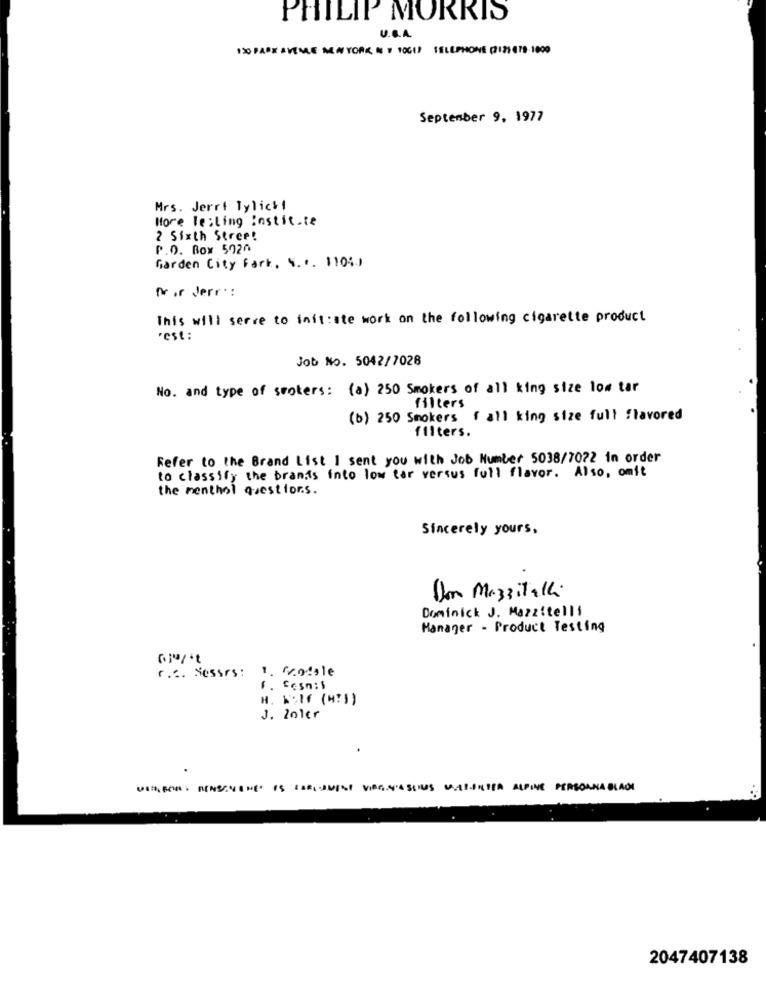
PHILIP MORRIS
U.G.A.
ISO PARK AVENUE NEW YORK & # 1OGIS TELEPHONE (121679 1000
September 9, 1977
Mrs. Jerri Tylick!
More leiling Instit.ce
2 Sixth Street
P.O. Box 5920
Garden City Fark, N ... 11040
Noor derr:
This will serve to initiate work on the following cigarette product
rest :
Job No. 5042/7028
No. and type of sooters: (a) 250 Smokers of all king size low tar
filters
(b) 250 Smokers f all king size full flavored
filters.
Refer to the Brand List I sent you with Job Number 5038/7022 in order
to classify the brants into low tar versus full flavor. Also, omit
the menthol questions.
Sincerely yours,
Don Mazzitelli
Dominick J. Mazzitelli
Manager - Product Testing
1. fotole
r.c. Nesses :
F. Cesn: \
H. 1:1 (4:1)
J. Zo1er
VISITORS MENSCHENE IS BERGSMINTVIRGINIASINUSITE ALPINE PERSOANA BLADE
2047407138